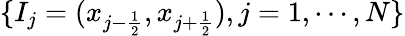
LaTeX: \{ I_{j}=(x_{j-\frac{1}{2}},x_{j+\frac{1}{2}}),j=1,\cdots,N\}